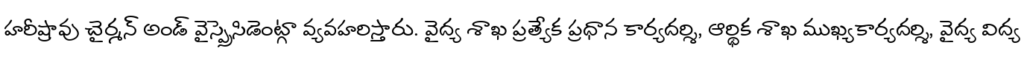
హరీష్రావు చైర్మన్ అండ్ వైస్ప్రెసిడెంట్గా వ్యవహరిస్తారు. వైద్య శాఖ ప్రత్యేక ప్రధాన కార్యదర్శి, ఆర్థిక శాఖ ముఖ్యకార్యదర్శి, వైద్య విద్య